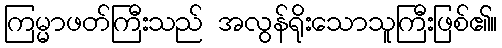
ကြမ္မာဖတ်ကြီးသည် အလွန်ရိုးသောသူကြီးဖြစ်၏။